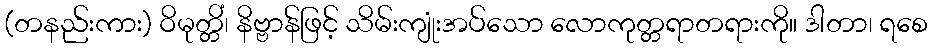
(တနည်းကား) ဝိမုတ္တိံ၊ နိဗ္ဗာန်ဖြင့် သိမ်းကျုံးအပ်သော လောကုတ္တရာတရားကို။ ဒါတာ၊ ရစေ